Vaccination in Burma 1912-1922 - 1912-1922
Year: 1912
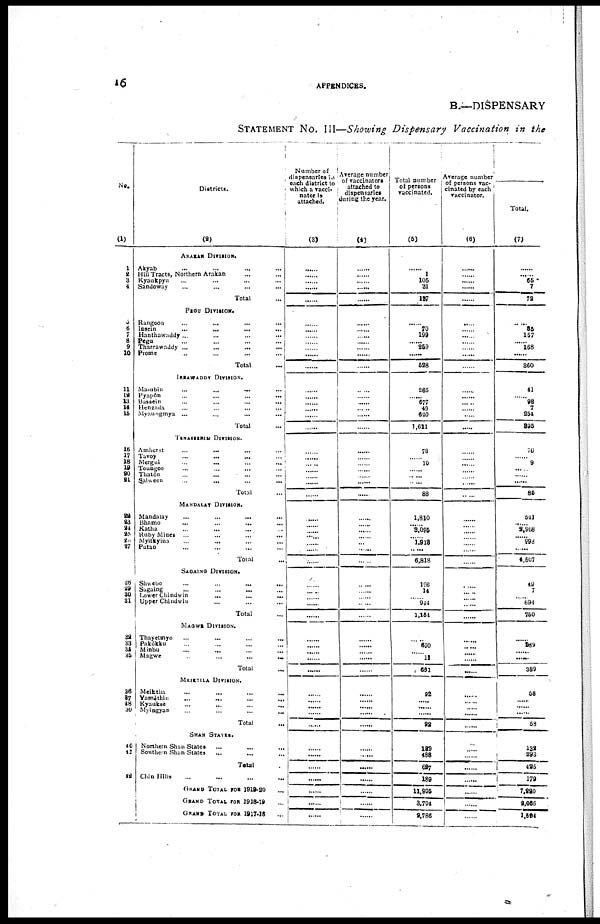
16
APPENDICES.
B.—DISPENSARY
STATEMENT No. III—Showing Dispensary Vaccination in the
No.
(1)
1
2 3
4
5
6
7
8 9
10
11
12
13
14
15
16
17
18
19
20
21
22
23
24
25
26
27
28
29
30
31
32
33
34
35
36
37
38
39
40
41
42
Districts.
(2)
ARAKAN DIVISION.
Akyab... ... ... ...
Hill Tracts, Northern Arakan... ... ... ...
Kyaukpyu... ... ...
Sandoway... ... ...
Total...
PEGU DIVISION.
Rangoon... ... ... ... ...
Insein
...
...
...
...
...
Hanthawaddy ... ... ... ...
Pegu... ... ... ...
Tharrawaddy ...
...
...
...
Prome... ... ... ...
Total... ...
IRRAWADDY DIVISION.
Ma-ubin...
...
...
...
Pyapôn
...
...
...
...
Bassein
...
...
...
...
Henzada ... ... ... ... ...
Myaungmya ... ... ... ... ...
Total...
TENASSRRIM DIVISION.
Amherst ... ... ... ...
Tavoy
...
...
...
...
Mergui...
...
...
...
Toungoo... ... ... ...
Thatôn... ... ... ...
Salween...
...
...
...
Total...
MANDALAY DIVISION.
Mandalay
...
...
...
...
...
Bhamo
...
...
...
...
...
Katha... ... ... ...
Ruby Mines ... ... ... ...
Myitkyina... ... ... ...
Putao... ... ... ...
Total...
SAGAING DIVISION.
Shwebo
...
...
...
...
Sagaing ... ... ... ...
Lower Chindwin
...
...
...
...
Upper Chindwin
...
...
...
...
Total... ...
MAGWE DIVISION.
Thayetmyo... ... ... ...
Pakôkku... ... ... ...
Minbu... ... ...
Magwe
...
...
...
...
Total... ... ...
MEIKTILA DIVISION.
Meiktila... ... ... ...
Yamèthin...
...
...
...
Kyauksè
...
...
...
Myingyan... ... ... ...
Total... ...
SHAN STATES.
Northern Shan States... ...
Southern Shan States... ...
Total... ...
Chin Hills... ...
GRAND TOTAL FOR 1919-20... ...
GRAND TOTAL FOR 1918-19...
GRAND TOTAL FOR 1917-18...
Number of
dispensaries in
each district to
which a vacci-
nator is
attached.
(3)
......
......
......
......
......
......
......
......
......
......
......
......
......
......
......
......
......
......
......
......
......
......
......
......
......
......
......
...... ......
......
......
......
......
......
......
......
......
......
......
......
......
......
......
......
......
......
......
......
......
......
......
......
......
Average number
of vaccinators
attached to
dispensaries
during the year.
(4)
......
......
......
......
......
......
......
......
......
......
......
......
......
......
...... ......
......
......
......
......
......
......
......
......
......
......
......
......
......
...... ......
......
......
...... ......
......
......
......
......
......
......
......
......
......
......
......
......
......
......
......
......
......
......
......
Total number
of persons
vaccinated.
(5)
......
1
105
31
187
......
70
199
...... 259
......
528
265
...... 677
49
620
1,611
78
......
10
......
...... ......
88
1,810
...... 3,096
...... 1,913
......
6,818
196
14
...... 944
1,154
......
650
......
11
681
92
......
......
......
92
189
488
687
189
11,905
3,704
2,786
Average number
of persons vac-
cinated by each
vaccinator.
(6)
......
......
......
......
......
......
...... ......
......
......
......
......
......
......
......
......
......
......
......
......
......
......
...... ......
......
......
...... ......
......
......
......
......
......
......
......
......
......
......
......
......
......
......
......
...... ......
......
......
......
......
......
......
......
......
......
Total.
(7)
......
......
66
7
72
.....
85
157
...... 168
......
360
41
......
98
7
264
895
76
......
9
......
......
......
85
541
...... 2,968
...... 998
......
4,507
49
7
...... 694
750
......
869
...... ......
389
58
......
......
......
58
132
293
425
179
7,220
2,086
1,584